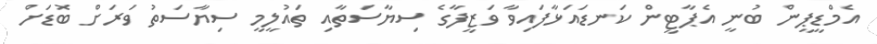
އެމްޑީޕީން ބުނީ އެޕާޓީން ކަނޑައަޅާފައިވާ ވަޒީފާގެ ސިޔާސަތާއި ތައުލީމީ ސިޔާސަތު ވަރަށް ބޮޑަށް